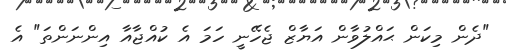
"ދެން މިކަން ޙައްލުވާން އަޔާޒް ޖެހޭނީ ހަމަ އެ ކުއްޖާއާ އިންނަންތަ" އެ